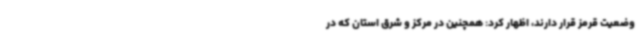
وضعیت قرمز قرار دارند، اظهار کرد: همچنین در مرکز و شرق استان که در